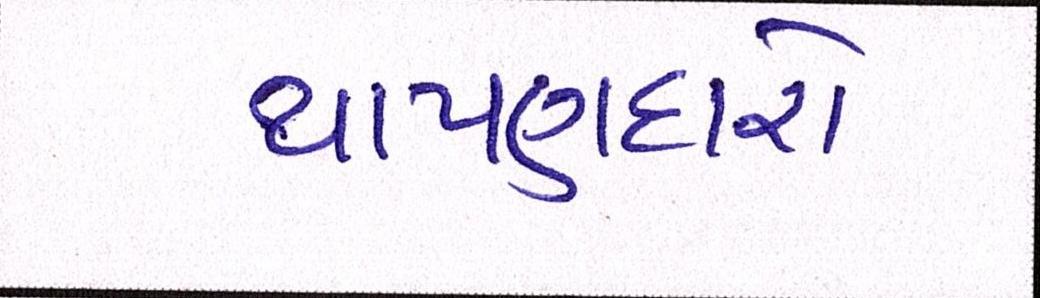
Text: થાપણદારો